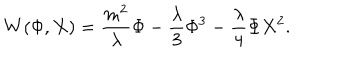
W ( \Phi , X ) = \frac { m ^ { 2 } } { \lambda } \Phi - \frac { \lambda } { 3 } \Phi ^ { 3 } - \frac { \lambda } { 4 } \Phi X ^ { 2 } .